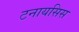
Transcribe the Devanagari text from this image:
टनायसिस